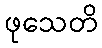
ဖုသေတိ